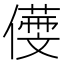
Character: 𠏒